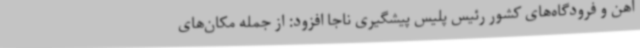
آهن و فرودگاه‌های کشور رئیس پلیس پیشگیری ناجا افزود: از جمله مکان‌های